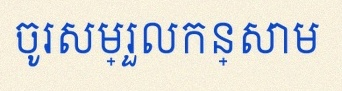
ចូរសម្រួលកន្សោម